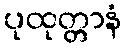
ပုထုတ္တာနံ